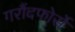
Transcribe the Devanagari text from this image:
गरौंदफोर्से